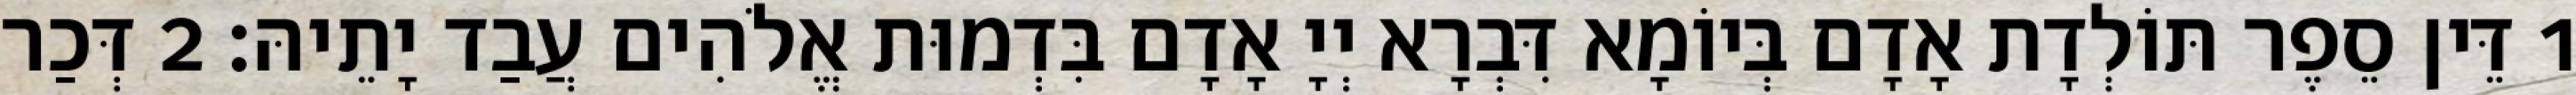
1 דֵּין סֵפֶר תּוֹלְדָת אָדָם בְּיוֹמָא דִּבְרָא יְיָ אָדָם בִּדְמוּת אֱלֹהִים עֲבַד יָתֵיהּ׃ 2 דְּכַר